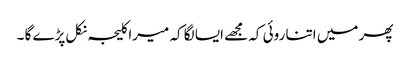
پھر میں اتنا روئی کہ مجھے ایسا لگا کہ میرا کلیجہ نکل پڑے گا ۔